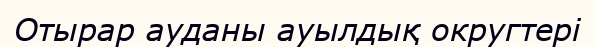
Отырар ауданы ауылдық округтері